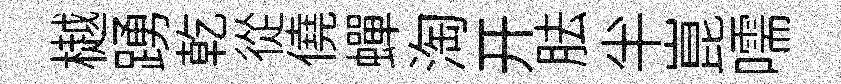
樾踴乾從僥蟬淘开胠半崑嚅